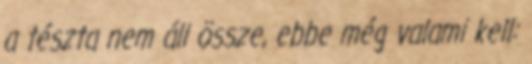
a tészta nem áll össze, ebbe még valami kell: